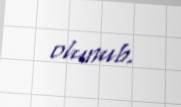
olunub.